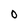
Character: O